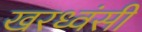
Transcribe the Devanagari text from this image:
खरध्वंसी